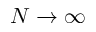
N \to \infty